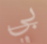
بي